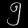
Digit: ၅